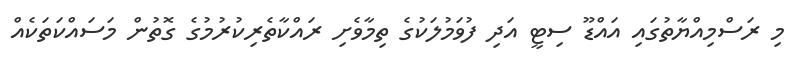
މި ރަސްމިއްޔާތުގައި އައްޑޫ ސިޓީ އަދި ފުވަމުލަކުގެ ތިމާވެށި ރައްކާތެރިކުރުމުގެ ގޮތުން މަސައްކަތަކެއް